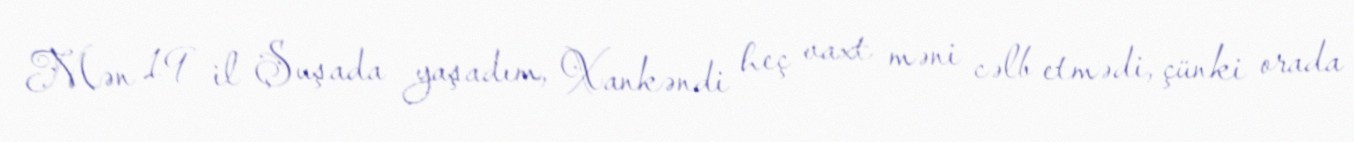
Mən 19 il Şuşada yaşadım, Xankəndi heç vaxt məni cəlb etmədi, çünki orada